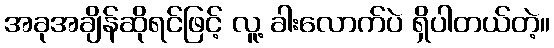
အခုအချိန်ဆိုရင်ဖြင့် လူ့ ခါးလောက်ပဲ ရှိပါတယ်တဲ့။